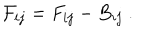
{ \cal F } _ { i j } = F _ { i j } - B _ { i j } \ .